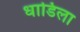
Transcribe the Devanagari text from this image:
धाडिला